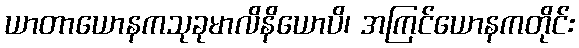
ယာတာယောနကသုခုမာလိနိယောပိ၊ အကြင်ယောနကတိုင်း